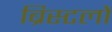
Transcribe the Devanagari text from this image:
ब्रिस्टलों